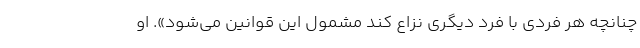
چنانچه هر فردی با فرد دیگری نزاع کند مشمول این قوانین می‌شود». او